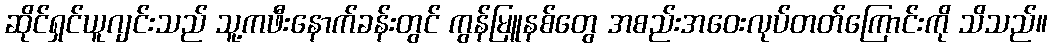
ဆိုင်ရှင်ယူဂျင်းသည် သူ့ကဖီးနောက်ခန်းတွင် ကွန်မြူနစ်တွေ အစည်းအဝေးလုပ်တတ်ကြောင်းကို သိသည်။